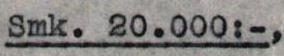
Smk. 20.000:-,